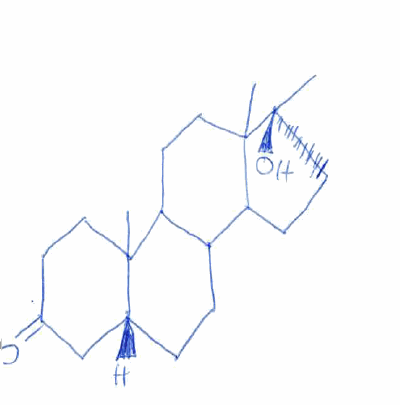
Simplified molecular-input line-entry system (SMILES) notation of the given molecule:
C[C@@]1(CCC2C1(CCC3C2CC[C@H]4C3(CCC(=O)C4)C)C)O